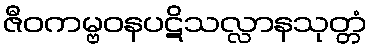
ဇီဝကမ္ဗဝနပဋိသလ္လာနသုတ္တံ